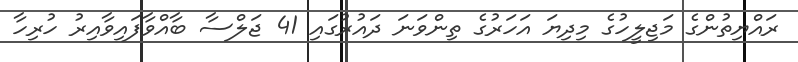
ރައްޔިތުންގެ މަޖިލީހުގެ މިދިޔަ އަހަރުގެ ތިންވަނަ ދައުރުގައި 41 ޖަލްސާ ބާއްވާފައިވާއިރު ހުރިހާ